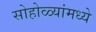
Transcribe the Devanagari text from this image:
सोहोळ्यांमध्ये